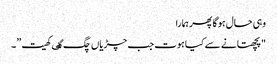
وہی حال ہوگا پھر ہمارا
"پچھتانے سے کیا ہوت جب چڑیاں چگ گٸ کھیت”۔